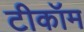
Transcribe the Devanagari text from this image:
टीकॉम